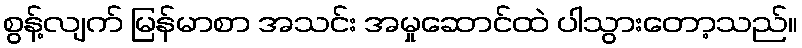
စွန့်လျက် မြန်မာစာ အသင်း အမှုဆောင်ထဲ ပါသွားတော့သည်။